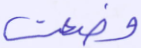
وضعت